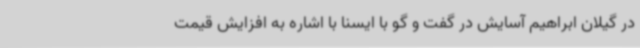
در گیلان ابراهیم آسایش در گفت و گو با ایسنا با اشاره به افزایش قیمت